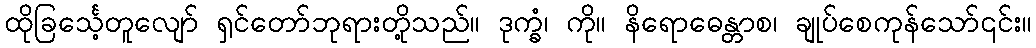
ထိုခြင်္သေ့တူလျော် ရှင်တော်ဘုရားတို့သည်။ ဒုက္ခံ၊ ကို။ နိရောဓေန္တာစ၊ ချုပ်စေကုန်သော်၎င်း။